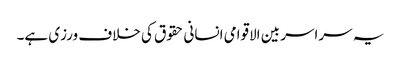
یہ سراسر بین الاقوامی انسانی حقوق کی خلاف ورزی ہے۔